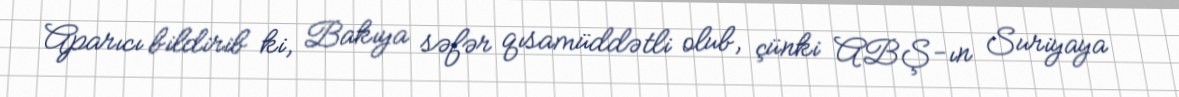
Aparıcı bildirib ki, Bakıya səfər qısamüddətli olub, çünki ABŞ-ın Suriyaya